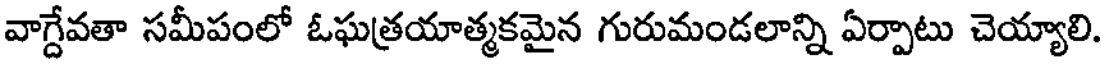
వాగ్దేవతా సమీపంలో ఓఘత్రయాత్మకమైన గురుమండలాన్ని ఏర్పాటు చెయ్యాలి.